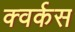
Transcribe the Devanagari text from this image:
क्वर्कस